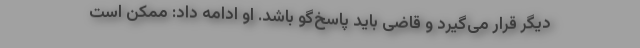
دیگر قرار می‌گیرد و قاضی باید پاسخ‌گو باشد. او ادامه داد: ممکن است